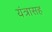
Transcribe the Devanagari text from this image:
यंत्रासह